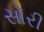
સૉરી